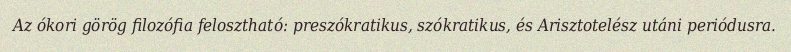
Az ókori görög filozófia felosztható: preszókratikus, szókratikus, és Arisztotelész utáni periódusra.